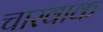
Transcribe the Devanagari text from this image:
चारवाक